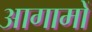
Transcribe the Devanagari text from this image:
आगामों